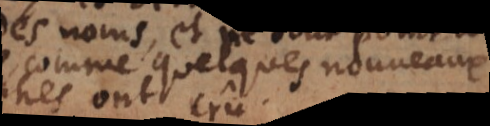
comme quelques nouveaux